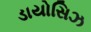
ડાયોસિઝ